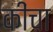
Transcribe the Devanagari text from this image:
कींचा